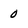
Character: 0